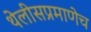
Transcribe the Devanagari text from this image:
थेलीसप्रमाणेच